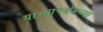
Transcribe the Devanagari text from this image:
याच्यापर्यंतच्या